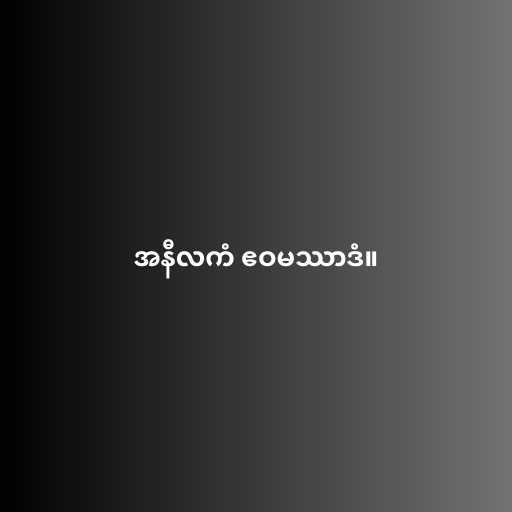
အနီလကံ ဧဝမဿာဒံ။